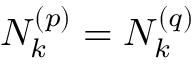
N _ { k } ^ { \left( p \right) } = N _ { k } ^ { \left( q \right) }